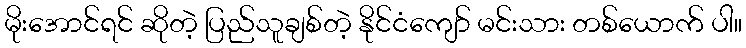
မိုးအောင်ရင် ဆိုတဲ့ ပြည်သူချစ်တဲ့ နိုင်ငံကျော် မင်းသား တစ်ယောက် ပါ။